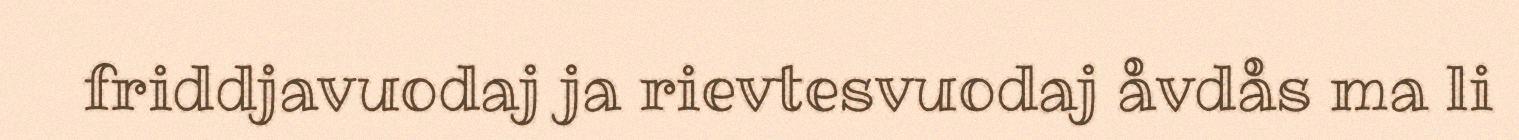
friddjavuodaj ja rievtesvuodaj åvdås ma li